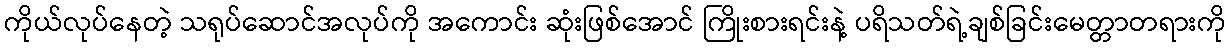
ကိုယ်လုပ်နေတဲ့ သရုပ်ဆောင်အလုပ်ကို အကောင်း ဆုံးဖြစ်အောင် ကြိုးစားရင်းနဲ့ ပရိသတ်ရဲ့ချစ်ခြင်းမေတ္တာတရားကို